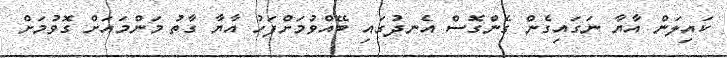
ކައިލަން އާޔާ ނަގައިގެން ގެންގޮސް އެނދުގައި ބޭއްވުމަށްފަހު އާޔާ ގާތު މަންމައަށް ގޮވުމަށް